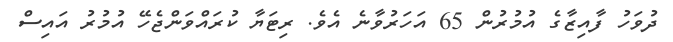
ދުވަހު ފާއިޒާގެ އުމުރުން 65 އަހަރުވާނެ އެވެ. ރިޓަޔާ ކުރައްވަންޖެހޭ އުމުރު އައިސް